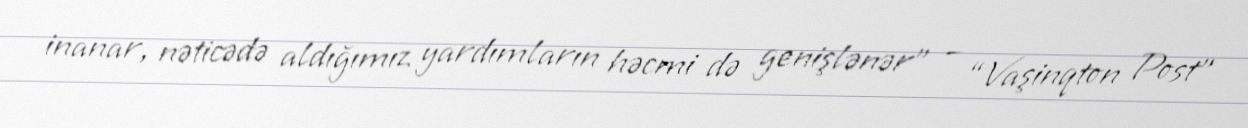
inanar, nəticədə aldığımız yardımların həcmi də genişlənər” – “Vaşinqton Post”